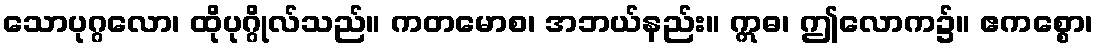
သောပုဂ္ဂလော၊ ထိုပုဂ္ဂိုလ်သည်။ ကတမောစ၊ အဘယ်နည်း။ ဣဓ၊ ဤလောက၌။ ဧကစ္စော၊